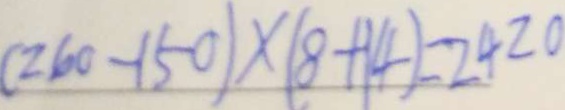
( 2 6 0 - 1 5 0 ) \times ( 8 + 1 4 ) = 2 4 2 0